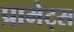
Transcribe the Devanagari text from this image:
प्रामेट्स